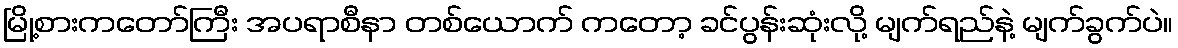
မြို့စားကတော်ကြီး အပရာစီနာ တစ်ယောက် ကတော့ ခင်ပွန်းဆုံးလို့ မျက်ရည်နဲ့ မျက်ခွက်ပဲ။